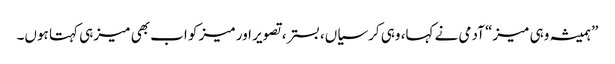
”ہمیشہ وہی میز“ آدمی نے کہا، وہی کرسیاں، بستر، تصویر اور میز کو اب بھی میز ہی کہتا ہوں۔